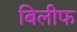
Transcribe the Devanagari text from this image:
बिलीफ